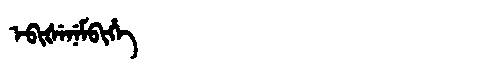
Manchu: ᡝᠪᡳᡧᡝᠨᡝᠮᠪᡳᡥᡝ
Romanization: EBIŠENEMBIHE